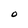
Character: O